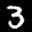
Label: 3